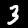
Digit: 3